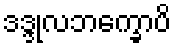
ဒဒ္ဒုလဘက္ခောပိ